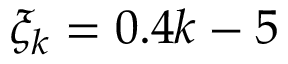
\xi _ { k } = 0 . 4 k - 5